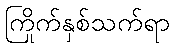
ကြိုက်နှစ်သက်ရာ